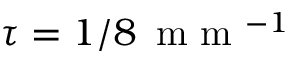
\tau = 1 / 8 \, \mathrm { ~ m ~ m ~ } ^ { - 1 }